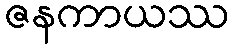
ဇနကာယဿ